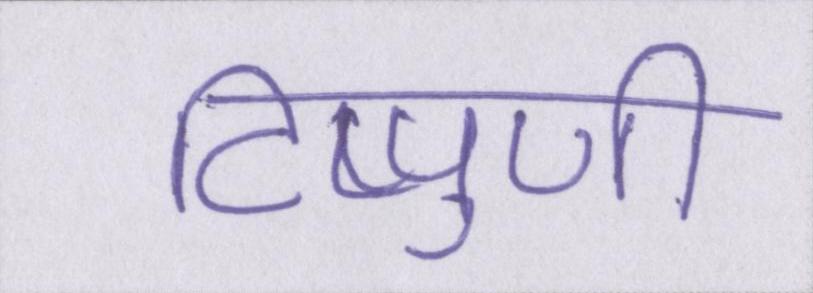
टिप्पुणी